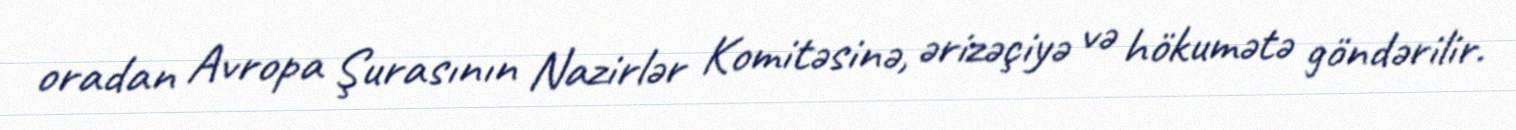
oradan Avropa Şurasının Nazirlər Komitəsinə, ərizəçiyə və hökumətə göndərilir.